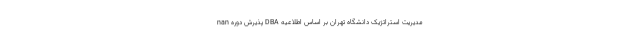
nan پذیرش دوره DBA مدیریت استراتژیک دانشگاه تهران بر اساس اطلاعیه